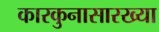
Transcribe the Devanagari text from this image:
कारकुनासारख्या